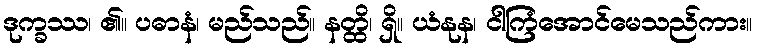
ဒုက္ခဿ၊ ၏။ ပဓာနံ၊ မည်သည်။ နတ္ထိ၊ ရှိ။ ယံနုန၊ ငါကြံအောင်မေသည်ကား။